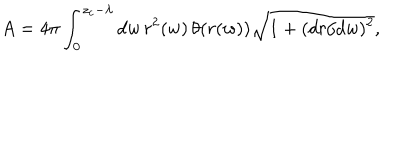
A = 4 \pi \int _ { 0 } ^ { z _ { c } - \lambda } d w \, r ^ { 2 } ( w ) \, \theta ( r ( w ) ) \sqrt { 1 + ( d r / d w ) ^ { 2 } } ,